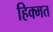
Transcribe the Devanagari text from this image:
हिक्मत